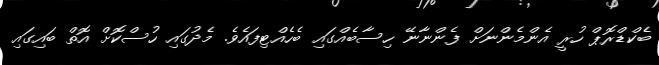
ބެކްޑްރޮޕް ހުރީ އެންމެންނަށް ފެންނާނޭ ހިސާބެއްގައި ބެހެއްޓިފައެވެ. މެދުގައި ހުސްކޮށް އޮތް ބައިގައި